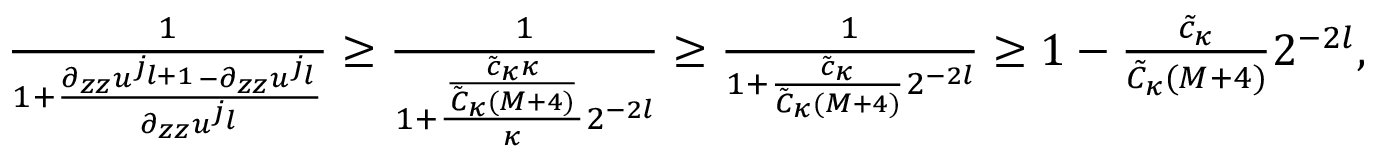
\begin{array} { r } { \frac { 1 } { 1 + \frac { \partial _ { z z } u ^ { j _ { l + 1 } } - \partial _ { z z } u ^ { j _ { l } } } { \partial _ { z z } u ^ { j _ { l } } } } \geq \frac { 1 } { 1 + \frac { \frac { \tilde { c } _ { \kappa } \kappa } { \tilde { C } _ { \kappa } ( M + 4 ) } } { \kappa } 2 ^ { - 2 l } } \geq \frac 1 { 1 + \frac { \tilde { c } _ { \kappa } } { \tilde { C } _ { \kappa } ( M + 4 ) } 2 ^ { - 2 l } } \geq 1 - \frac { \tilde { c } _ { \kappa } } { \tilde { C } _ { \kappa } ( M + 4 ) } 2 ^ { - 2 l } , } \end{array}